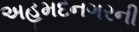
અહમદનગરની